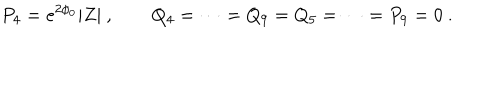
P _ { 4 } = e ^ { 2 \phi _ { 0 } } | Z | \ , \qquad Q _ { 4 } = \dots = Q _ { 9 } = Q _ { 5 } = \dots = P _ { 9 } = 0 \ .